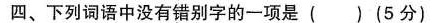
四、下列词语中没有错别字的一项是()(5分)